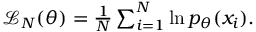
\begin{array} { r } { \mathcal { L } _ { N } ( \theta ) = \frac { 1 } { N } \sum _ { i = 1 } ^ { N } \ln p _ { \theta } ( x _ { i } ) . } \end{array}